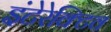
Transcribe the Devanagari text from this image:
इंटेरेक्टिव